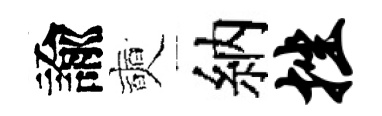
諭奭納挫